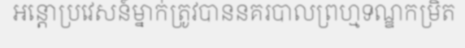
អន្តោប្រវេសន៍ម្នាក់ត្រូវបាននគរបាលព្រហ្មទណ្ឌកម្រិត